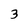
Character: 3